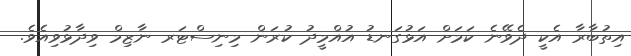
އިތުބާރާ އެކީ ދެވޭނެ ކަމަށް އަޅުގަނޑު އުއްމީދު ކުރަން މިނިސްޓަރ ނާޒިމް ވިދާޅުވިއެވެ.